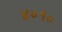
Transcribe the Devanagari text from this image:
४०१०